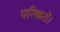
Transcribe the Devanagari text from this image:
परिकरो।